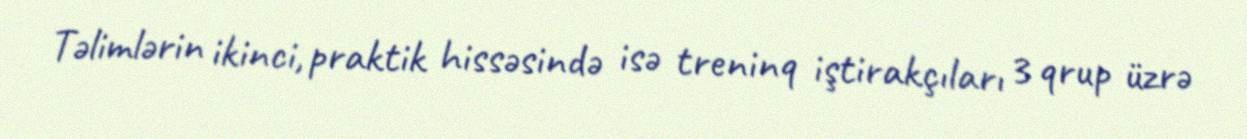
Təlimlərin ikinci, praktik hissəsində isə treninq iştirakçıları 3 qrup üzrə